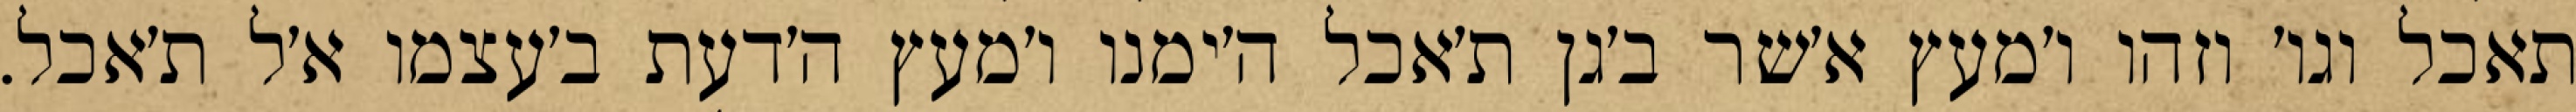
תאכל וגו׳ וזהו ו׳מעץ א׳שר ב׳גן ת׳אכל ה׳ימנו ו׳מעץ ה׳דעת ב׳עצמו א׳ל ת׳אכל.